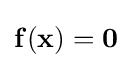
\mathbf {f} (\mathbf {x} )=\mathbf {0}